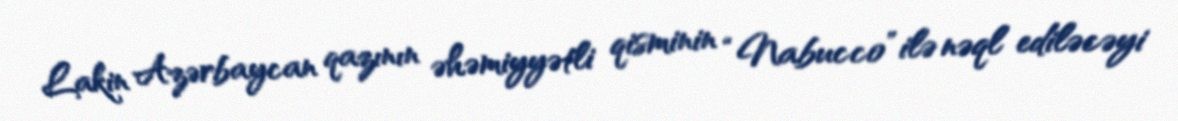
Lakin Azərbaycan qazının əhəmiyyətli qisminin “Nabucco” ilə nəql ediləcəyi